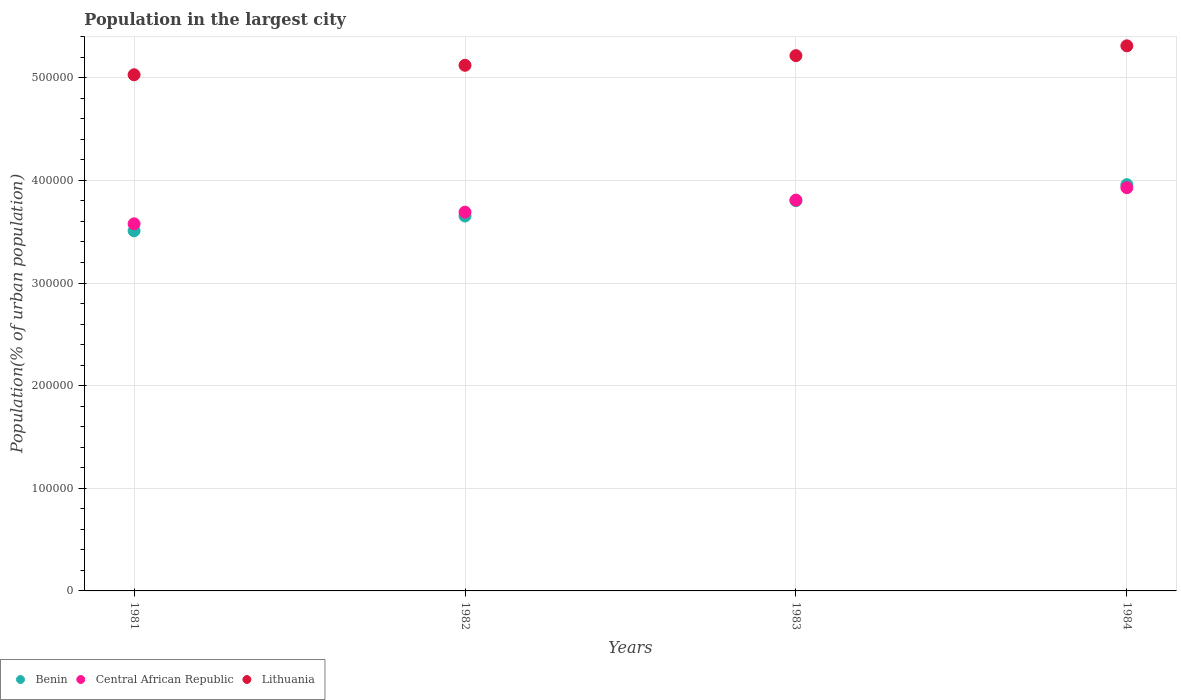
| Years | Benin | Central African Republic | Lithuania |
 | --- | --- | --- | --- |
 | 1981 | 3.51e+05 | 3.58e+05 | 5.03e+05 |
 | 1982 | 3.65e+05 | 3.69e+05 | 5.12e+05 |
 | 1983 | 3.8e+05 | 3.81e+05 | 5.22e+05 |
 | 1984 | 3.96e+05 | 3.93e+05 | 5.31e+05 |